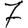
Digit: 7